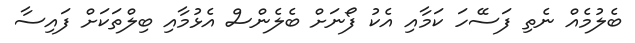
ބެލުމެއް ނެތި ފަސޭހަ ކަމާއި އެކު ފޯނަށް ބެލެންސް އެޅުމާއި ބިލްތަަކަށް ފައިސާ